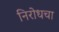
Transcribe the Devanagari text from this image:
निरोधचा